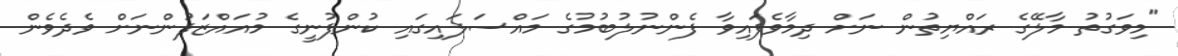
"މިވަގުތު މާލޭގެ ރައްޔިތުން ނަށް ދިމާވެފައިވާ ފެންނުލުބުމުގެ މައްސަލައިގައި ކުންފުނީގެ މުއައްޒަފުންނަށް ވެދެވެން